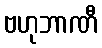
ဗဟုဘာဏီ